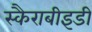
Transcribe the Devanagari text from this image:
स्कैराबीइडी